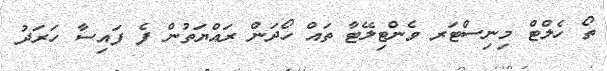
ތޯ ހެލްޓް މިނިސްޓަރ ވެންޓިލޭޓާ ތައް ހޯދަން ރައްޔަތުން ފެ ފައިސާ ހަރަދު